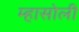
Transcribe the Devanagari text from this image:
म्हासोली